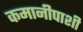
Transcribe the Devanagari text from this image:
कमानीपाशी